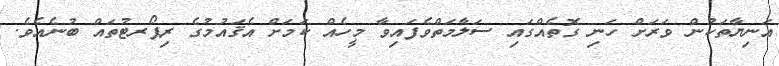
އަނިޔާތަކުން ވަރަށް ހަނި ގޮތެއްގައި ސަލާމަތްވެފައިވާ މީހެއް ކަމަށް އެޤައުމުގެ ރިޕޯރޓުތައް ބުނެއެވެ.